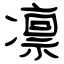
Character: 凛